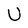
Character: U